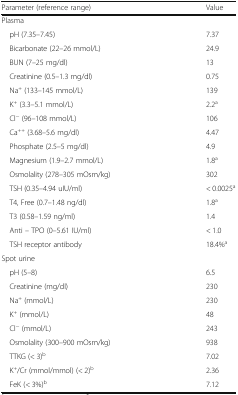
<table><thead><tr><td><b>Parameter (reference range)</b></td><td><b>Value</b></td></tr></thead><tbody><tr><td colspan="2">Plasma</td></tr><tr><td> pH (7.35–7.45)</td><td>7.37</td></tr><tr><td> Bicarbonate (22–26 mmol/L)</td><td>24.9</td></tr><tr><td> BUN (7–25 mg/dl)</td><td>13</td></tr><tr><td> Creatinine (0.5–1.3 mg/dl)</td><td>0.75</td></tr><tr><td> Na<sup>+</sup> (133–145 mmol/L)</td><td>139</td></tr><tr><td> K<sup>+</sup> (3.3–5.1 mmol/L)</td><td>2.2<sup>a</sup></td></tr><tr><td> Cl<sup>−</sup> (96–108 mmol/L)</td><td>106</td></tr><tr><td> Ca<sup>++</sup> (3.68–5.6 mg/dl)</td><td>4.47</td></tr><tr><td> Phosphate (2.5–5 mg/dl)</td><td>4.9</td></tr><tr><td> Magnesium (1.9–2.7 mmol/L)</td><td>1.8<sup>a</sup></td></tr><tr><td> Osmolality (278–305 mOsm/kg)</td><td>302</td></tr><tr><td> TSH (0.35–4.94 uIU/ml)</td><td>&lt; 0.0025<sup>a</sup></td></tr><tr><td> T4, Free (0.7–1.48 ng/dl)</td><td>1.8<sup>a</sup></td></tr><tr><td> T3 (0.58–1.59 ng/ml)</td><td>1.4</td></tr><tr><td> Anti – TPO (0–5.61 IU/ml)</td><td>&lt; 1.0</td></tr><tr><td> TSH receptor antibody</td><td>18.4%<sup>a</sup></td></tr><tr><td>Spot urine</td><td></td></tr><tr><td> pH (5–8)</td><td>6.5</td></tr><tr><td> Creatinine (mg/dl)</td><td>230</td></tr><tr><td> Na<sup>+</sup> (mmol/L)</td><td>230</td></tr><tr><td> K<sup>+</sup> (mmol/L)</td><td>48</td></tr><tr><td> Cl<sup>−</sup> (mmol/L)</td><td>243</td></tr><tr><td> Osmolality (300–900 mOsm/kg)</td><td>938</td></tr><tr><td> TTKG (&lt; 3)<sup>b</sup></td><td>7.02</td></tr><tr><td> K<sup>+</sup>/Cr (mmol/mmol) (&lt; 2)<sup>b</sup></td><td>2.36</td></tr><tr><td> FeK (&lt; 3%)<sup>b</sup></td><td>7.12</td></tr></tbody></table>